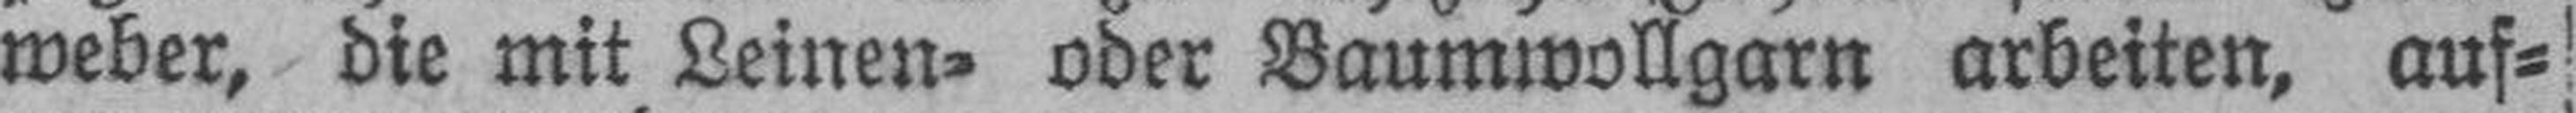
weber, die mit Leinen= oder Baumwollgarn arbeiten, auf¬